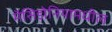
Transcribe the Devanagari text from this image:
मॅसिडोनियामधील